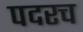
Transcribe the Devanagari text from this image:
पदरच